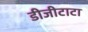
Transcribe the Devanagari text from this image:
डीजीटाटा